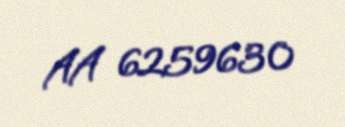
AA 6259630